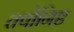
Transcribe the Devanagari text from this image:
तपोनिष्ट